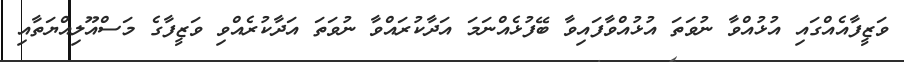
ވަޒީފާއެއްގައި އުޅުއްވާ ނުވަތަ އުޅުއްވާފައިވާ ބޭފުޅެއްނަމަ އަދާކުރައްވާ ނުވަތަ އަދާކުރެއްވި ވަޒީފާގެ މަސްއޫލިއްޔަތާއި